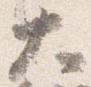
大